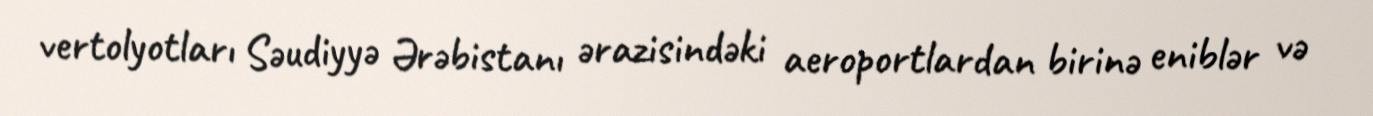
vertolyotları Səudiyyə Ərəbistanı ərazisindəki aeroportlardan birinə eniblər və